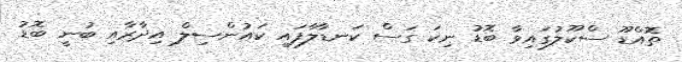
ތޮއްޑޫ ސްކޫލުގައިވާ ބޮޑު ނިކަ ގަސް ކަނޑާލާފައި ކައުންސިލް އިދާރާއި ބުނީ ބޮޑު